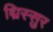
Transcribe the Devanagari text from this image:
थ्रिस्सुर